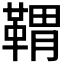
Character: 𩋤